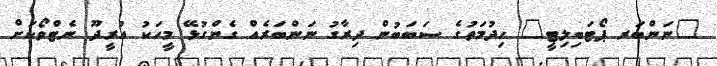
"ނަންބަރ ޕޯޓަބިލިޓީ" ހިދުމަތުގެ ސަބަބުން ދިރާގު ނަންބަރެއް ގެންގުޅޭ މީހަކު އުރީދޫ ނެޓްވޯކަށް